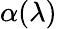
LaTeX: \alpha(\lambda)